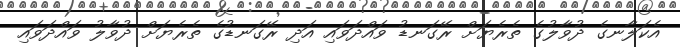
އެކަލާނގެ ދުވާލުގެ ތެރެޔަށް ރޭގަނޑު ވައްދަވައި އަދި ރޭގަނޑުގެ ތެރެޔަށް ދުވާލު ވައްދަވައި